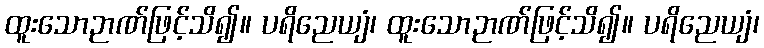
ထူးသောဉာဏ်ဖြင့်သိ၍။ ပရိညေယျံ၊ ထူးသောဉာဏ်ဖြင့်သိ၍။ ပရိညေယျံ၊